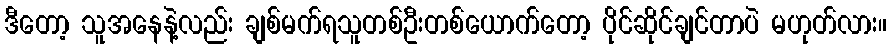
ဒီတော့ သူအနေနဲ့လည်း ချစ်မက်ရသူတစ်ဦးတစ်ယောက်တော့ ပိုင်ဆိုင်ချင်တာပဲ မဟုတ်လား။